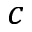
c